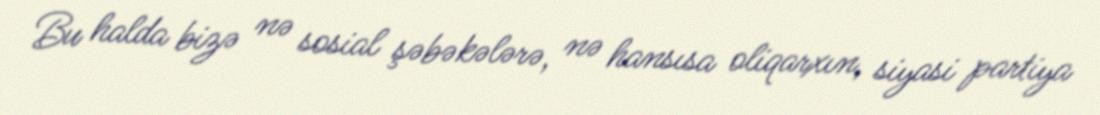
Bu halda bizə nə sosial şəbəkələrə, nə hansısa oliqarxın, siyasi partiya